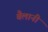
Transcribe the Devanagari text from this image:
बैलानी